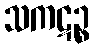
သကဋဉ္စ